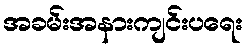
အခမ်းအနားကျင်းပရေး